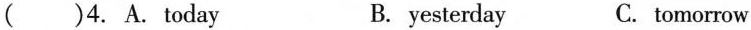
( )4. A. Today B. yesterday C. tomorrow